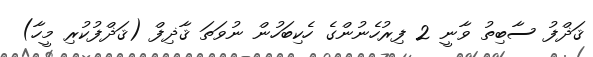
ޤަޛްފު ސާބިތު ވާނީ 2 ފިރުހެނުންގެ ހެކިބަހުން ނުވަތަ ޤާޛިފް (ޤަޛްފުކުރި މީހާ)